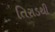
તિરાડથી